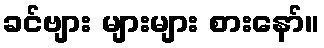
ခင်ဗျား များများ စားနော်။